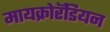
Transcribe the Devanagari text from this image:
मायक्रोरॅडियन